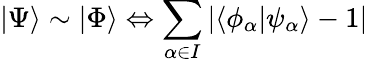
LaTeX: \vert\Psi\rangle\sim\vert\Phi\rangle\Leftrightarrow\sum_{\alpha\in I}\vert\langle\phi_{\alpha}\vert\psi_{\alpha}\rangle-1\vert